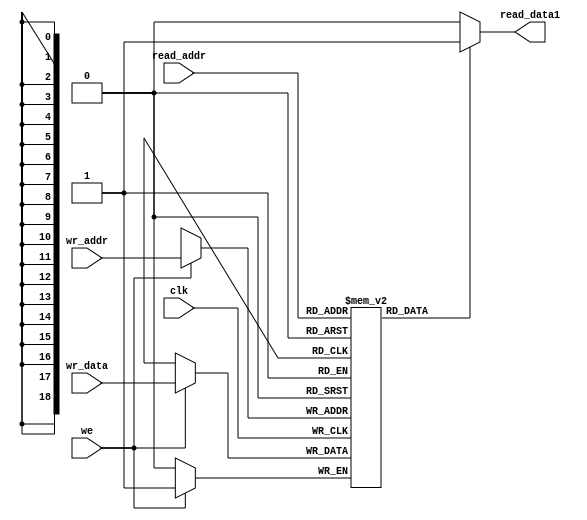
module video_buffer 
#(parameter addr_width = 19, data_width=1)
(
    input wire clk,we,
    input wire [addr_width-1:0] read_addr,wr_addr,
    input wire wr_data,
    output wire read_data1
);
reg [data_width-1:0] buffer [2**addr_width-1:0];

always @(posedge clk) begin
    if(we)
    begin
    buffer[wr_addr]=wr_data;
    end
end
assign read_data1=(buffer[read_addr]==1'b1)?1:0;
endmodule


// module tb (
// );
//     reg [9:0]x;
//     reg [8:0]y;
//     reg vid_we;
//     reg clk;
//     wire stat;

//     video_buffer c1(
//     .clk(clk),
//     .we(vid_we),
//     .read_addr({x[9:0],y[8:0]}),
//     .wr_addr({x[9:0],y[8:0]}),
//     .wr_data(1),
//     .read_data1(stat)
//     );

// always  begin
//     clk=~clk;
//     #10;
// end

// initial begin
//     x<=0;
//     y<=0;
//     vid_we<=1;
//     clk<=0;
//     #20;
//     x<=1;
//     y<=2;
//     #20;
//     x<=2;
//     y<=3;
//     #20;
//     x<=4;
//     y<=5;
//     #20;
//     vid_we<=0;
//     #20;
//     x=100;
//     y=0;
//     #20;
//     $finish;
// end

// initial begin
//     $monitor("x=%d y=%d  st=%b clk=%b vid_we=%b",x,y,stat,clk,vid_we);
// end

// endmodule